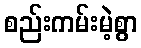
စည်းကမ်းမဲ့စွာ